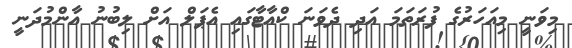
މިވަނީ މިއަހަރުގެ ފުރަތަމަ އަދި ދެވަނަ ކްއާޓާގައި އެޕަލް އަށް ލިބުނު އާންމުދަނީ